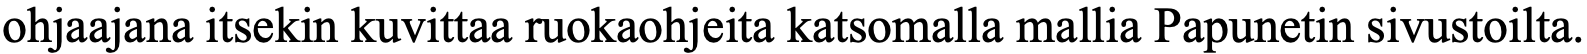
ohjaajana itsekin kuvittaa ruokaohjeita katsomalla mallia Papunetin sivustoilta.